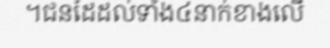
។ជនដៃដល់ទាំង៤នាក់ខាងលើ